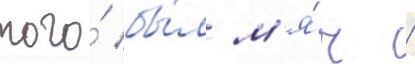
того́ бы́л м'я́ч /